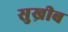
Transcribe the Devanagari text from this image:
सुख्रीब